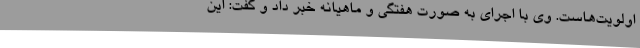
اولویت‌هاست. وی با اجرای به صورت هفتگی و ماهیانه خبر داد و گفت: این